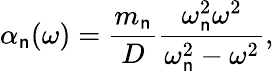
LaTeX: \alpha_{\mathsf{n}}(\omega)=\frac{{m_{\mathsf{n}}}}{{D}}\frac{{\omega_{\mathsf{n}}^{2}\omega^{2}}}{{\omega_{\mathsf{n}}^{2}-\omega^{2}}},